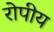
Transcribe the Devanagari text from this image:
रोपीय